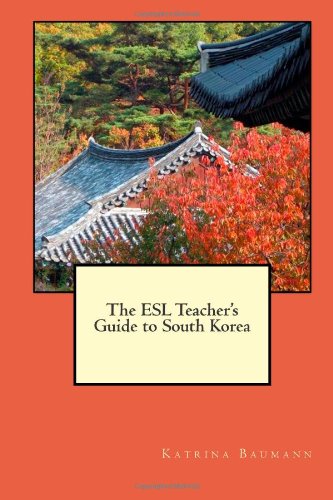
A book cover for The ESL Teacher's Guide to South Korea; Katrina Baumann; Travel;